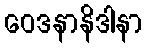
ဝေဒနာနိဒါနာ